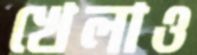
খেলাও